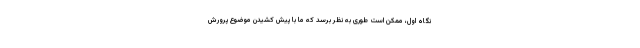
نگاه اول، ممکن است طوری به نظر برسد که ما با پیش کشیدن موضوع پرورش